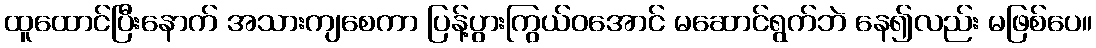
ထူထောင်ပြီးနောက် အသားကျစေကာ ပြန့်ပွားကြွယ်ဝအောင် မဆောင်ရွက်ဘဲ နေ၍လည်း မဖြစ်ပေ။